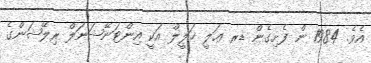
އެވެ. 1984 ން ފެށިގެން ޑރ ޢަލީ ޚަލީލް އަކީ އިންޓަނޭޝަނަލް ރިލޭޝަންގެ